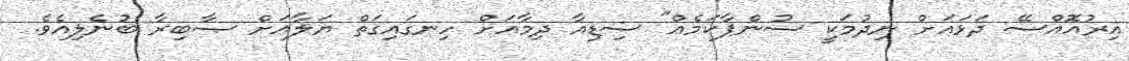
އިރުއޮއްސޭ ދަޅައަށް ނިދުމަކީ ސުންޕާކަމެއް" ސިޑިއާ ދިމާއަށް ހިނގައިގަތް ޔަލާއަށް ޞާބިރާ ބުނެލިއެވެ.